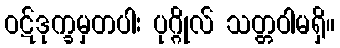
ဝဋ်ဒုက္ခမှတပါး ပုဂ္ဂိုလ် သတ္တဝါမရှိ။